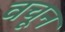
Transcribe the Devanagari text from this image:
वचून